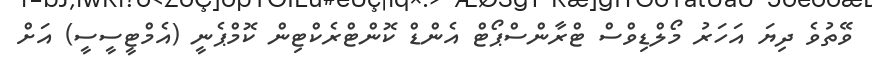
ވޭތުވެ ދިޔަ އަހަރު މޯލްޑިވްސް ޓްރާންސްޕޯޓް އެންޑް ކޮންޓްރެކްޓިން ކޮމްޕެނީ (އެމްޓީސީސީ) އަށް